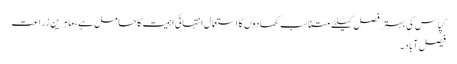
کپاس کی بہتر فصل کیلئے متناسب کھادوں کا استعمال انتہائی اہمیت کا حامل ہے،ماہرین زراعت
فیصل آباد۔